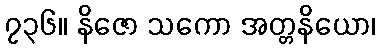
၇၃၆။ နိဇော သကော အတ္တနိယော၊